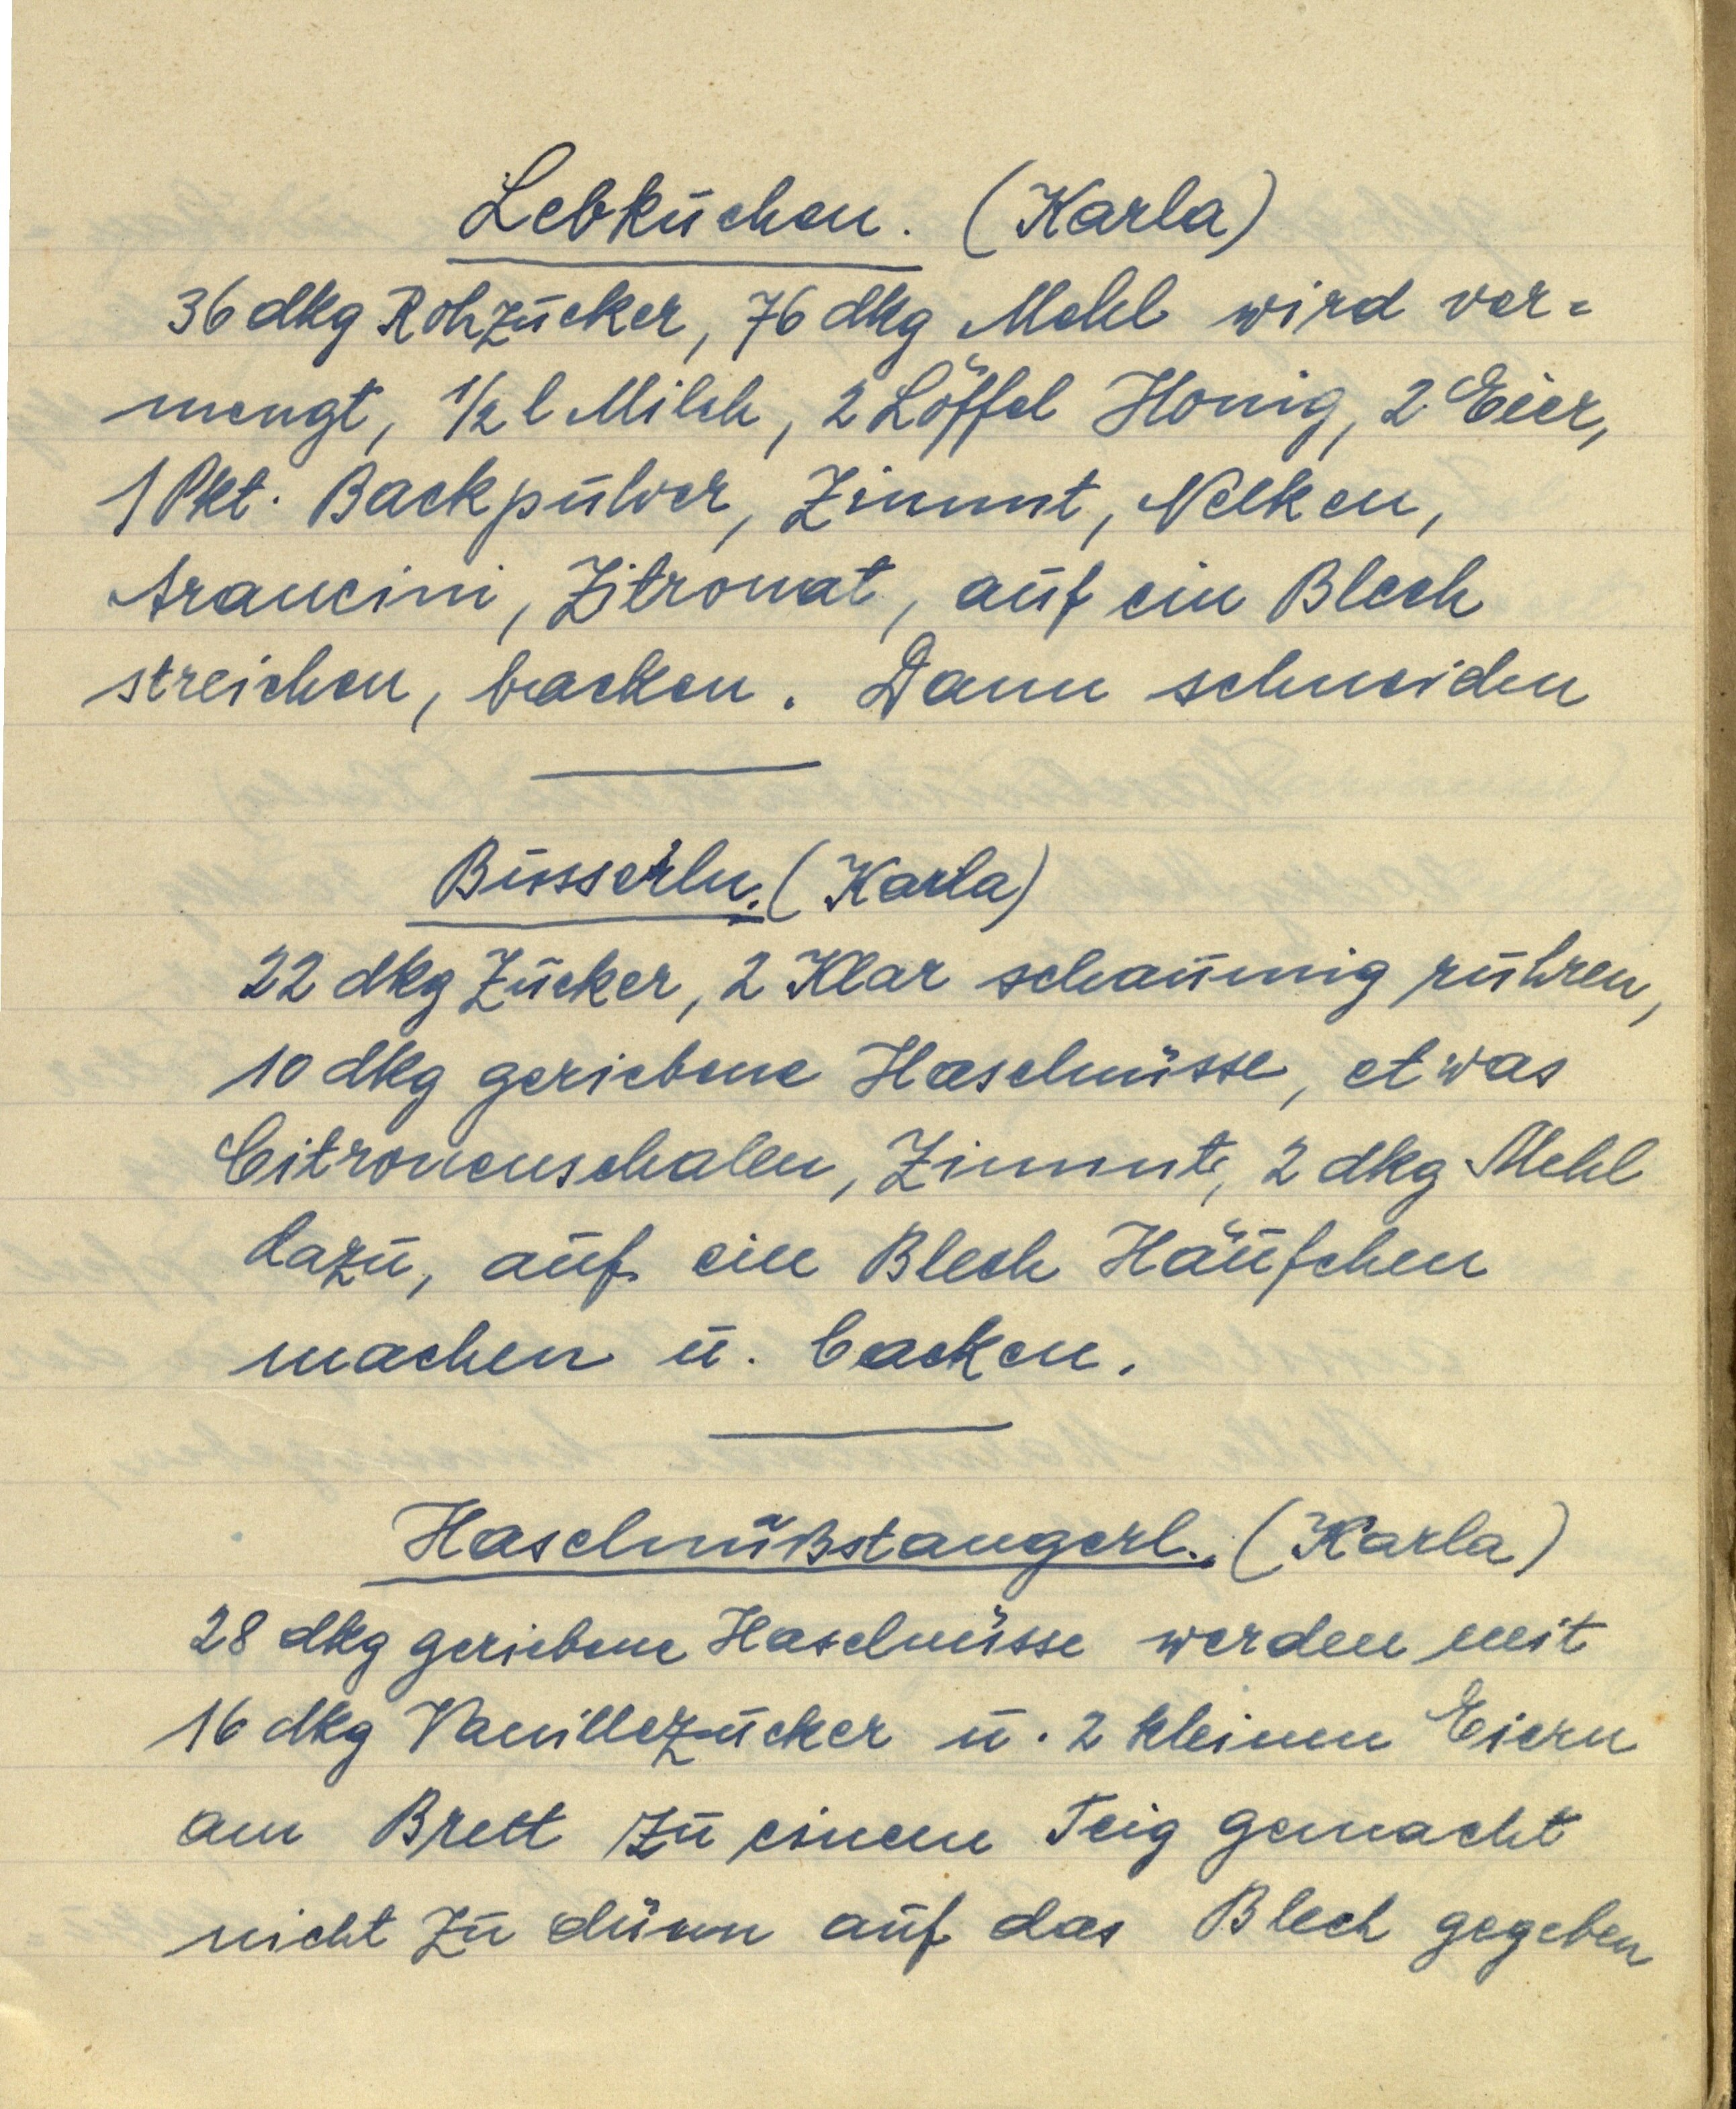
Lebkuchen. (Karla)
36 dkg Rohzucker, 76 dkg Mehl wird ver¬
mengt, ½ l Milch, 2 Löffel Honig, 2 Eier,
1 Pkt. Backpulver, Zimmt, Nelken,
Arancini, Zitronat, auf ein Blech
streichen, backen. Dann schneiden

Busserln. (Karla)
22 dkg Zucker, 2 Klar schaumig rühren,
10 dkg geriebene Haselnüsse, etwas
Citronenschalen, Zimmt, 2 dkg Mehl
dazu, auf ein Blech Häufchen
machen u. backen.

Haselnußstangerl. (Karla)
28 dkg geriebene Haselnüsse werden mit
16 dkg Vanillezucker u. 2 kleinen Eiern
am Brett zu einem Teig gemacht
nicht zu dünn auf das Blech gegeben